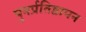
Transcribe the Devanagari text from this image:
पुनर्प्रतिष्ठापन